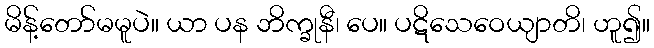
မိန့်တော်မမူပဲ။ ယာ ပန ဘိက္ခုနီ၊ ပေ။ ပဋိသေဝေယျာတိ၊ ဟူ၍။